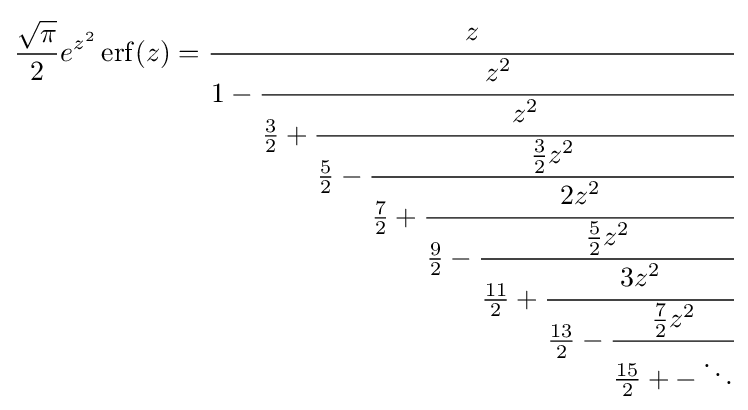
{\frac {\sqrt {\pi }}{2}}e^{z^{2}}\operatorname {erf} (z)={\cfrac {z}{1-{\cfrac {z^{2}}{{\frac {3}{2}}+{\cfrac {z^{2}}{{\frac {5}{2}}-{\cfrac {{\frac {3}{2}}z^{2}}{{\frac {7}{2}}+{\cfrac {2z^{2}}{{\frac {9}{2}}-{\cfrac {{\frac {5}{2}}z^{2}}{{\frac {11}{2}}+{\cfrac {3z^{2}}{{\frac {13}{2}}-{\cfrac {{\frac {7}{2}}z^{2}}{{\frac {15}{2}}+-\ddots }}}}}}}}}}}}}}}}